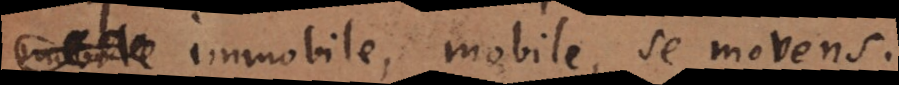
immobile, mobile, se movens.